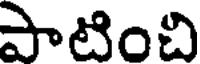
పాటించి